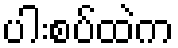
ပါးစပ်ထဲက